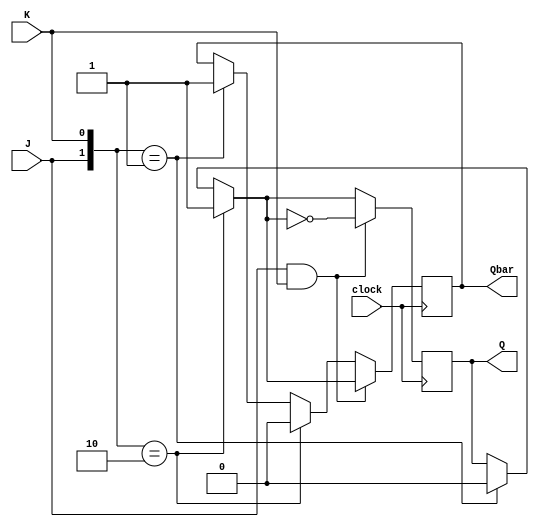
module jkff_negedge(J,K,clock,Q,Qbar);
input J,K,clock;
output Q,Qbar;
reg Q,Qbar;
always @(negedge clock)
begin
	if({J,K}==0)
		begin
			Q=Q;
			Qbar=Qbar;
		end
	if({J,K}==1)
		begin
			Q=0;
			Qbar=1;
		end;
	 if({J,K}==2)
		begin
			Q=1;
			Qbar=0;
		end
	 if(J==1&&K==1)
		begin
			Q=~Q;
			Qbar=~Q;
		end
end
endmodule

module test_jk;
reg J,K,clock;
wire Q,Qbar;
jkff_negedge FF1(J,K,clock,Q,Qbar);
initial
	begin
		clock=0;J=0;K=0;
	end
always
	#10 clock=!clock;
initial
	begin
		#10 J=0;K=1;
		$display("\t\t\tCLK\tJ\tK\tQ\tQbar");
		$monitor($time,"\t%b\t%b\t%b\t%b\t%b",clock,J,K,Q,Qbar);
		#10 J=1;K=0;
		//$display("\t\t\tCLK\tJ\tK\tQ\tQbar");
		$monitor($time,"\t%b\t%b\t%b\t%b\t%b",clock,J,K,Q,Qbar);
		#10 J=0;K=0;
		//$display("\t\t\tCLK\tJ\tK\tQ\tQbar");
		$monitor($time,"\t%b\t%b\t%b\t%b\t%b",clock,J,K,Q,Qbar);
		#10 J=1;K=1;
		//$display("\t\t\tCLK\tJ\tK\tQ\tQbar");
		$monitor($time,"\t%b\t%b\t%b\t%b\t%b",clock,J,K,Q,Qbar);
	end
initial
	#100 $finish;
endmodule